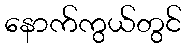
နောက်ကွယ်တွင်